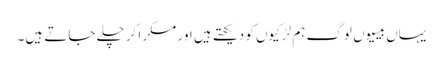
یہاں بیسیوں لوگ ہم لڑکیوں کو دیکھتے ہیں اور مسکرا کر چلے جاتے ہیں۔